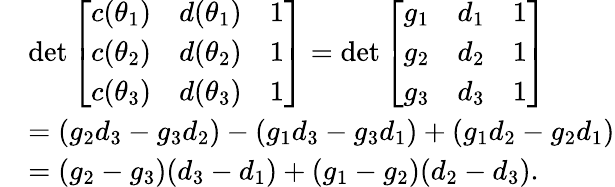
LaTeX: \begin{array}{rl}&{\operatorname*{det}\left[{\begin{array}{ccc}{c(\theta_{1})}&{d(\theta_{1})}&{1}\\ {c(\theta_{2})}&{d(\theta_{2})}&{1}\\ {c(\theta_{3})}&{d(\theta_{3})}&{1}\end{array}}\right]=\operatorname*{det}\left[{\begin{array}{ccc}{g_{1}}&{d_{1}}&{1}\\ {g_{2}}&{d_{2}}&{1}\\ {g_{3}}&{d_{3}}&{1}\end{array}}\right]}\\ &{=(g_{2}d_{3}-g_{3}d_{2})-(g_{1}d_{3}-g_{3}d_{1})+(g_{1}d_{2}-g_{2}d_{1})}\\ &{=(g_{2}-g_{3})(d_{3}-d_{1})+(g_{1}-g_{2})(d_{2}-d_{3}).}\end{array}